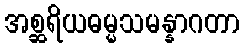
အစ္ဆရိယဓမ္မသမန္နာဂတာ